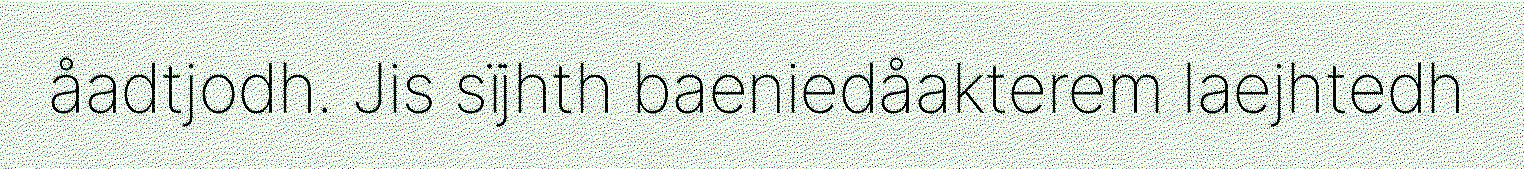
åadtjodh. Jis sïjhth baeniedåakterem laejhtedh